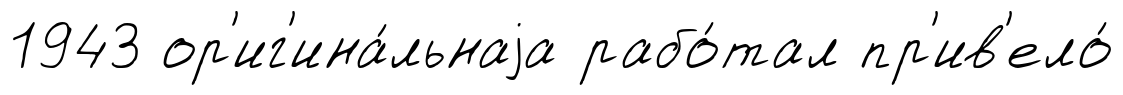
1943 ор'иг'ина́льнаjа рабо́тал пр'ив'ело́